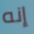
إنه